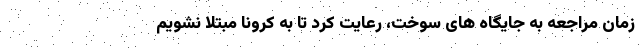
زمان مراجعه به جایگاه های سوخت، رعایت کرد تا به کرونا مبتلا نشویم